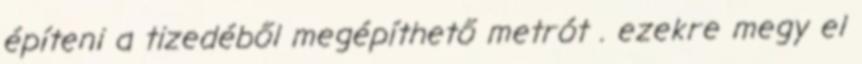
építeni a tizedéből megépíthető metrót . ezekre megy el